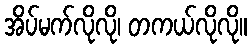
အိပ်မက်လိုလို၊ တကယ်လိုလို။